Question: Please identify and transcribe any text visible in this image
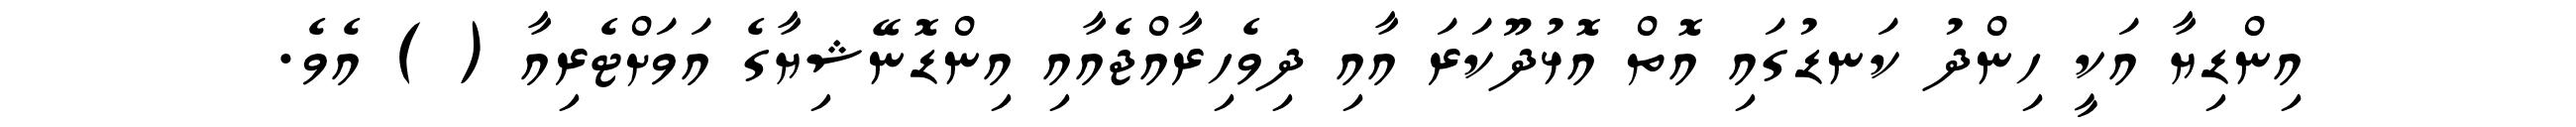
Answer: އިންޑިޔާ އަކީ ހިންދު ކަނޑުގައި އޮތް އޮޅުދޫކަރަ އާއި ދިވެހިރާއްޖެއާއި އިންޑޮނޭޝިޔާގެ އަވަށްޓެރިއާ ( ) އެވެ.